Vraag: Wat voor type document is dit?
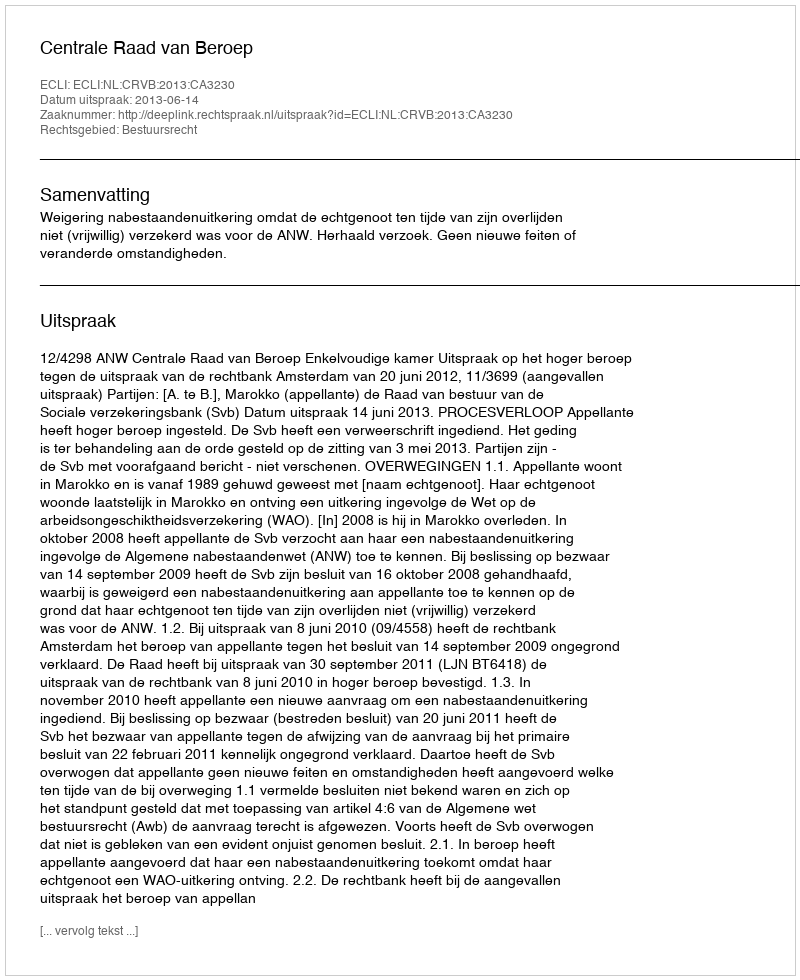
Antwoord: Uitspraak